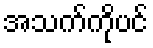
အသက်ကိုပင်